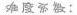
难度系数